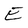
Character: E